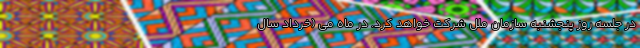
در جلسه روز پنجشنبه سازمان ملل شرکت خواهد کرد. در ماه می (خرداد سال